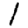
Digit: 1